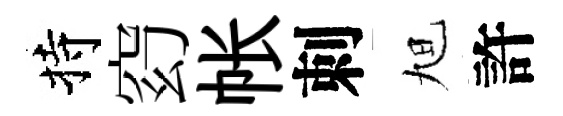
持𥥆帐刺旭許